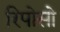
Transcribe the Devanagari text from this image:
रिपोसो